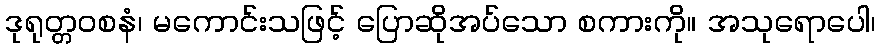
ဒုရုတ္တဝစနံ၊ မကောင်းသဖြင့် ပြောဆိုအပ်သော စကားကို။ အသုရောပေါ၊